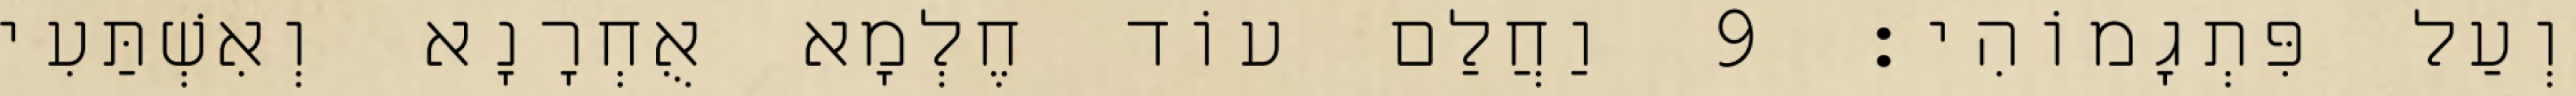
וְעַל פִּתְגָמוֹהִי׃ 9 וַחֲלַם עוֹד חֶלְמָא אֻחְרָנָא וְאִשְׁתַּעִי